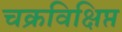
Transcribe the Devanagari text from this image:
चक्रविक्षिप्त